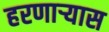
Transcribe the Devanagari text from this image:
हरणार्‍यास